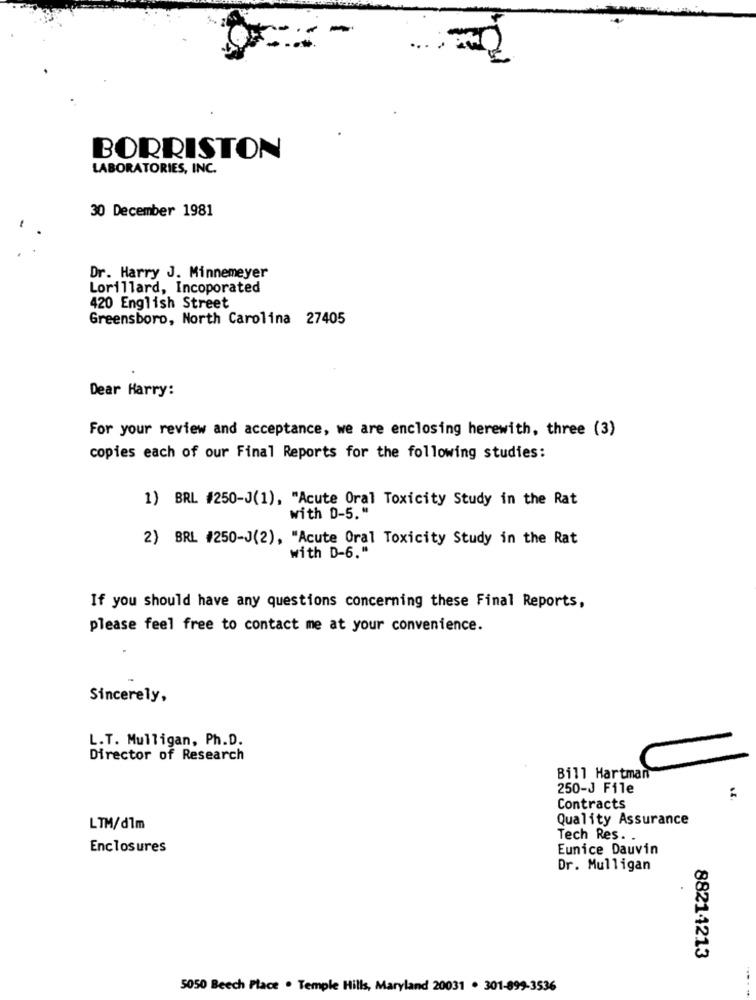
-
BORRISTON
LABORATORIES, INC.
30 December 1981
Dr. Harry J. Minnemeyer
Lorillard, Incoporated
420 English Street
Greensboro, North Carolina 27405
Dear Harry:
For your review and acceptance, we are enclosing herewith, three (3)
copies each of our Final Reports for the following studies:
1) BRL #250-J(1), "Acute Oral Toxicity Study in the Rat
with D-5."
2) BRL #250-J(2), "Acute Oral Toxicity Study in the Rat
with D-6."
If you should have any questions concerning these Final Reports,
please feel free to contact me at your convenience.
Sincerely,
L.T. Mulligan, Ph.D.
Director of Research
Bill Hartman
250-J File
Contracts
Quality Assurance
LTM/dlm
Tech Res.
Enclosures
Eunice Dauvin
Dr. Mulligan
88211213
5050 Beech Place . Temple Hills, Maryland 20031 . 301-899-3536